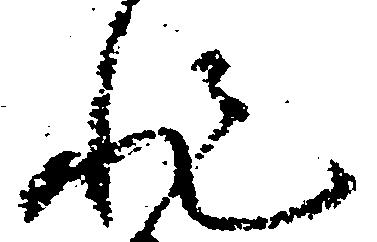
非